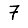
Digit: 7